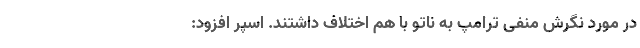
در مورد نگرش منفی ترامپ به ناتو با هم اختلاف داشتند. اسپر افزود: